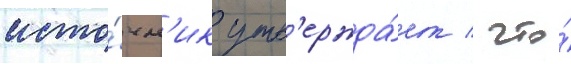
исто́чн'ик утв'ержда́ет / что́